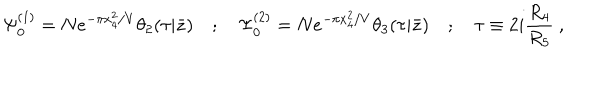
\Psi _ { 0 } ^ { ( 1 ) } = N e ^ { - \pi x _ { 4 } ^ { 2 } / V } \theta _ { 2 } ( \tau | \bar { z } ) \quad ; \quad \Psi _ { 0 } ^ { ( 2 ) } = N e ^ { - \pi x _ { 4 } ^ { 2 } / V } \theta _ { 3 } ( \tau | \bar { z } ) \quad ; \quad \tau \equiv 2 i { \frac { R _ { 4 } } { R _ { 5 } } } \ ,